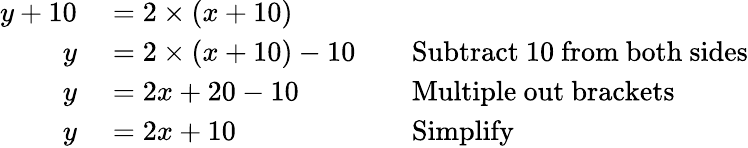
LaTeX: \begin{array}{rlrl}{y+10}&{{}=2\times(x+10)}\\ {y}&{{}=2\times(x+10)-10}&{}&{{}{\mathrm{Subtract~10~from~both~sides}}}\\ {y}&{{}=2x+20-10}&{}&{{}{\mathrm{Multiple~out~brackets}}}\\ {y}&{{}=2x+10}&{}&{{}{\mathrm{Simplify}}}\end{array}